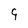
Character: g